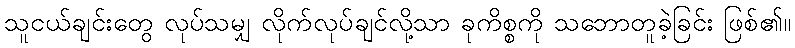
သူငယ်ချင်းတွေ လုပ်သမျှ လိုက်လုပ်ချင်လို့သာ ခုကိစ္စကို သဘောတူခဲ့ခြင်း ဖြစ်၏။